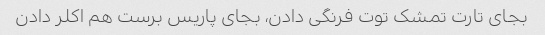
بجای تارت تمشک توت فرنگی دادن، بجای پاریس برست هم اکلر دادن